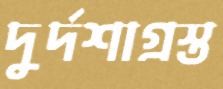
দুর্দশাগ্রস্ত